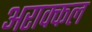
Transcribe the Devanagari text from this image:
अराक्कल